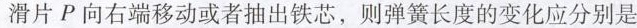
滑片P向右端移动或者抽出铁芯，则弹簧长度的变化应分别是